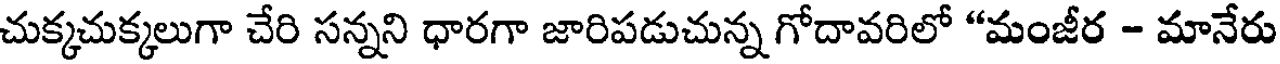
చుక్కచుక్కలుగా చేరి సన్నని ధారగా జారిపడుచున్న గోదావరిలో "మంజీర - మానేరు